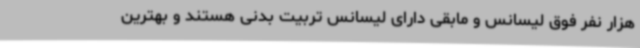
هزار نفر فوق لیسانس و مابقی دارای لیسانس تربیت بدنی هستند و بهترین